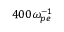
4 0 0 \omega _ { p e } ^ { - 1 }